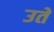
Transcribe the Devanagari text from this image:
उते